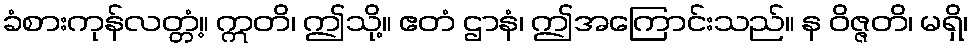
ခံစားကုန်လတ္တံ့။ ဣတိ၊ ဤသို့။ ဧတံ ဌာနံ၊ ဤအကြောင်းသည်။ န ဝိဇ္ဇတိ၊ မရှိ၊